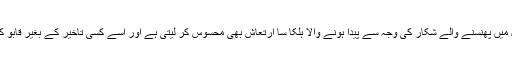
مکڑی جال میں پھنسنے والے شکار کی وجہ سے پیدا ہونے والا ہلکا سا ارتعاش بھی محسوس کر لیتی ہے اور اسے کسی تاخیر کے بغیر قابو کر لیتی ہے۔